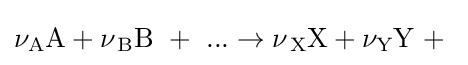
\nu _{\text{A}}{\text{A}}+\nu _{\,{\text{B}}}{\text{B}}~+~...\rightarrow \nu _{\,{\text{X}}}{\text{X}}+\nu _{\text{Y}}{\text{Y}}~+~